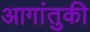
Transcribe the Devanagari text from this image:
आगांतुकी